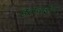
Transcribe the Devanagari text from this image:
हलवाईयों